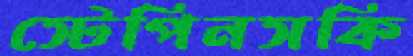
স্টেপিনসকি